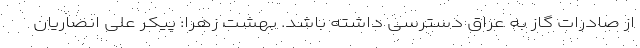
از صادرات گاز به عراق دسترسی داشته باشد. بهشت زهرا: پیکر علی انصاریان